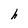
Character: h